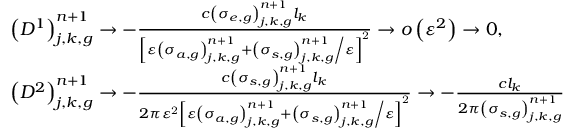
\begin{array} { l } { { \left( D ^ { 1 } \right) _ { j , k , g } ^ { n + 1 } \to - \frac { c \left( \sigma _ { e , g } \right) _ { j , k , g } ^ { n + 1 } l _ { k } } { \left[ \varepsilon \left( \sigma _ { a , g } \right) _ { j , k , g } ^ { n + 1 } + { \left( \sigma _ { s , g } \right) _ { j , k , g } ^ { n + 1 } \mathord { \left/ { \vphantom { \left( \sigma _ { s , g } \right) _ { j , k , g } ^ { n + 1 } \varepsilon } } \right. \kern - \nulldelimiterspace } \varepsilon } \right] ^ { \mathrm { 2 } } } \to o \left( \varepsilon ^ { 2 } \right) \to 0 \mathrm { , } } } \\ { { \left( D ^ { 2 } \right) _ { j , k , g } ^ { n + 1 } \to - \frac { c \left( \sigma _ { s , g } \right) _ { j , k , g } ^ { n + 1 } l _ { k } } { 2 \pi \varepsilon ^ { \mathrm { 2 } } \left[ \varepsilon \left( \sigma _ { a , g } \right) _ { j , k , g } ^ { n + 1 } + { \left( \sigma _ { s , g } \right) _ { j , k , g } ^ { n + 1 } \mathord { \left/ { \vphantom { \left( \sigma _ { s , g } \right) _ { j , k , g } ^ { n + 1 } \varepsilon } } \right. \kern - \nulldelimiterspace } \varepsilon } \right] ^ { \mathrm { 2 } } } \to - \frac { c l _ { k } } { 2 \pi \left( \sigma _ { s , g } \right) _ { j , k , g } ^ { n + 1 } } } } \end{array}